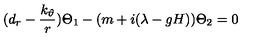
( d _ { r } - { \frac { k _ { \vartheta } } r } ) \Theta _ { 1 } - ( m + i ( \lambda - g H ) ) \Theta _ { 2 } = 0